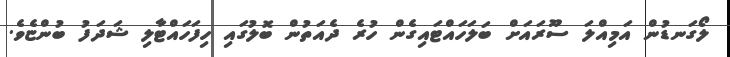
ލޯގަނޑުން އަމިއްލަ ސޫރައަށް ބަލަހައްޓައިގެން ހުރެ ދެއަތުން ބޮލުގައި ހިފަހައްޓާލި ޝަދަފު ބުންޏެވެ.